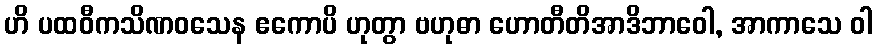
ဟိ ပထဝီကသိဏဝသေန ဧကောပိ ဟုတွာ ဗဟုဓာ ဟောတီတိအာဒိဘာဝေါ, အာကာသေ ဝါ